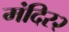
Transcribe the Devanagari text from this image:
मंदिर२